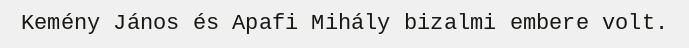
Kemény János és Apafi Mihály bizalmi embere volt.